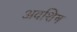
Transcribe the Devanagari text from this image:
अवशिष